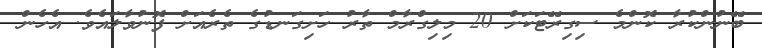
ބޭނުންކުރާ ކޮންމެ ސިގިރޭޓަކަށް 20 މިލިގްރާމް ތާރު ހަށިގަނޑުގެ ތެރެއަށް ފޮނުވާލައެވެ. އެހެން